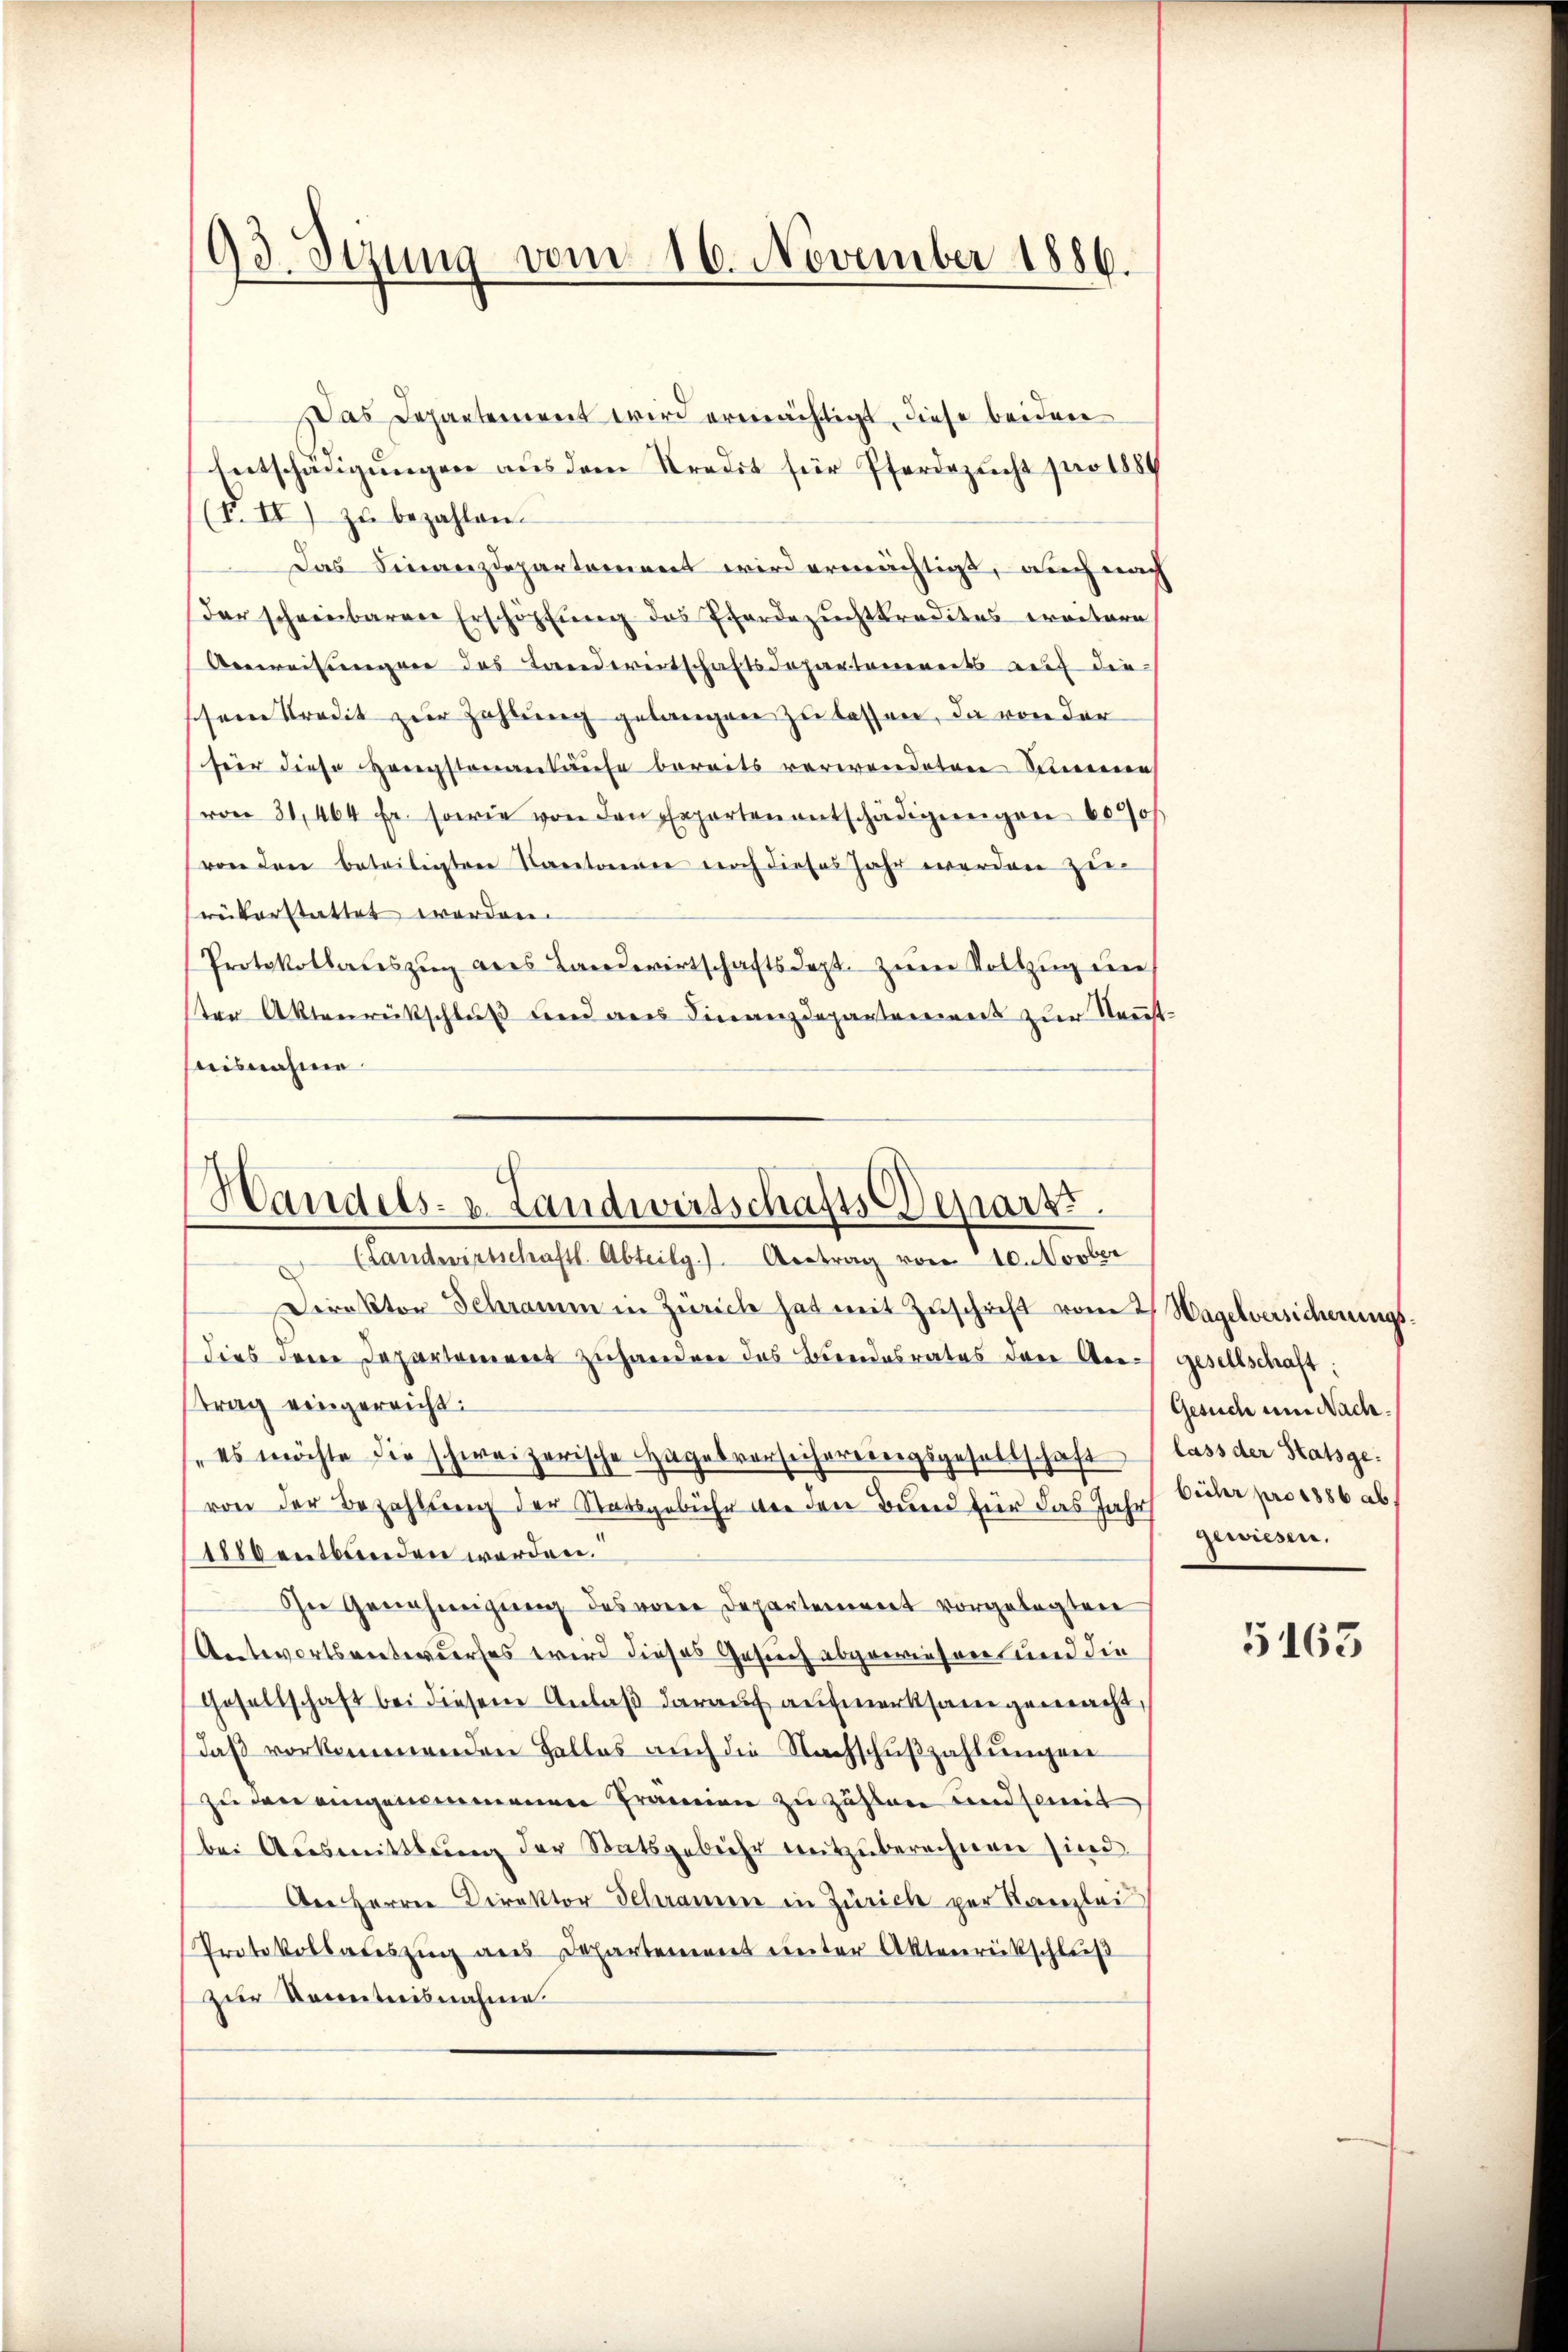
93. Sizung vom 16. November 1886.

Das Departement wird ermächtigt, diese beiden
Entschädigungen aus dem Kredit für Pferdezucht pro 1889
(F. II) zu bezahlen.
Das Finanzdepartement wird ermächtigt, auch nach
der schreibaren Erschöpfung des Pferdezuchtkredites weitere
Aeweisungen des Landwirtschaftsdepartements auf die
schein Kredit zur Zahlung gelangen zu lassen, die von der
für diese Hengstenankaufe bereits verwendeten Summenen
(von 31, 464 fr. sowie von den Experten entschädigŭngen 6000
von den beteiligten Kantonen noch dieses Jahr werden zurükerstattet werden.
Protokollates zŭg anes Landwirtschaftsdept. zŭm Vollzug die
sten Aktenrückschluß und aus Finanzdepartement zur Neuthaisnahme

Handels- u. Landwirtschafts Depart.
(Landwirtschaftl. Abteilg.) Antrag vom 10. Novber

Direktor Schramm in Zürich hat mit Zŭschrift vom 2. Hagelversicherungs
dies derer Departement zuhanden das Bundesrates der Kreis gesellschaft:
trag eingereicht:
"es möchte die schweizerische Hagelversicherereigsgesellschaft lass der Statsgevon der Bezahlung der Statsgebühr vor den Bund für das Jahrs bieter pro 1886 ab
Abentbanden werden.
In Genehmigung des von Departement vorgelegten
Antwortsvertererses wird dieses Gesich abgewiesen und die
Gesellschaft bei diesem Anlaß darauf aufmerksam gemacht
daß vorkommenden Falles auch die Nachschŭβzahlŭngen
zu den eingenommenen Prämien zu zählen und somit
bei Aŭsmittlung der Statsgebühr mitzuberechnen sind.
Der Herren Direktor Schramen in Zürich per Kanzlei
Protokollateszug aus Departement unter Aktenrückschluß
zur Kenntnisnahme.

Gesuch um Nach.
gewiesen.

5163